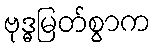
ဗုဒ္ဓမြတ်စွာက